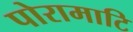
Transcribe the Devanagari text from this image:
पोरामाटि